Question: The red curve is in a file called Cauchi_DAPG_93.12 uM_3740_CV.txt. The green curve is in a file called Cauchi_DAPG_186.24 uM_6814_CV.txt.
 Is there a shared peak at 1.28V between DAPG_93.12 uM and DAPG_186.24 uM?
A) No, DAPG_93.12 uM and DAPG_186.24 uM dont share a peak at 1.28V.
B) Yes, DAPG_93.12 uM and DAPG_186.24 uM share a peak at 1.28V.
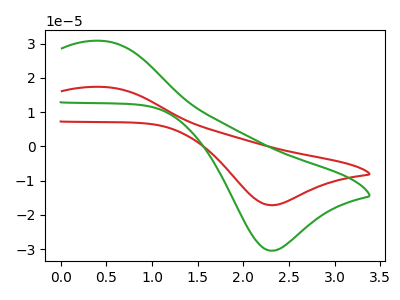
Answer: <think>The red curve "DAPG_93.12 uM" has an anodic peak at (0.45V, 17.35uA) and a cathodic peak at (2.30V, -17.20uA). The green curve "DAPG_186.24 uM" has an anodic peak at (0.45V, 30.80uA) and a cathodic peak at (2.30V, -30.45uA).</think>
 <answer>A) No, "DAPG_93.12 uM" and "DAPG_186.24 uM" dont share a peak at 1.28V.</answer>
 <eval>A</eval>